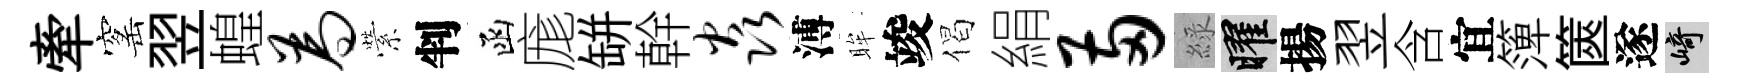
牽窰翌蝗为縈判函庬缾幹焱溥眸竣偈絹两綠曜揚翌含宜𥱼篋遂崎